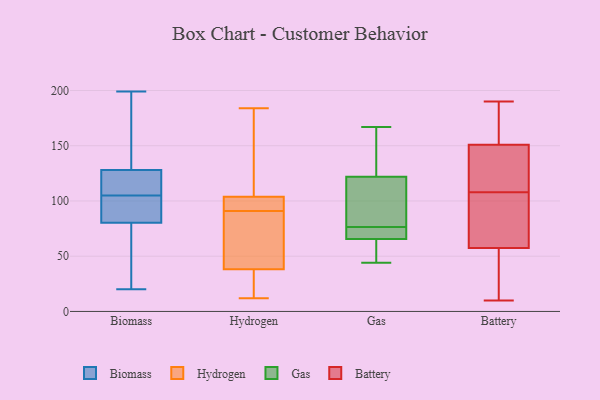
{"axis": {"x": "Market Share (%)", "y": "Value"}, "legend": ["Battery", "Biomass", "Gas", "Hydrogen"], "data": [{"x": "", "y": 102, "type": "Biomass"}, {"x": "", "y": 79, "type": "Biomass"}, {"x": "", "y": 84, "type": "Biomass"}, {"x": "", "y": 179, "type": "Biomass"}, {"x": "", "y": 106, "type": "Biomass"}, {"x": "", "y": 20, "type": "Biomass"}, {"x": "", "y": 144, "type": "Biomass"}, {"x": "", "y": 105, "type": "Biomass"}, {"x": "", "y": 77, "type": "Biomass"}, {"x": "", "y": 129, "type": "Biomass"}, {"x": "", "y": 199, "type": "Biomass"}, {"x": "", "y": 121, "type": "Biomass"}, {"x": "", "y": 65, "type": "Biomass"}, {"x": "", "y": 125, "type": "Biomass"}, {"x": "", "y": 100, "type": "Biomass"}, {"x": "", "y": 21, "type": "Hydrogen"}, {"x": "", "y": 145, "type": "Hydrogen"}, {"x": "", "y": 27, "type": "Hydrogen"}, {"x": "", "y": 112, "type": "Hydrogen"}, {"x": "", "y": 101, "type": "Hydrogen"}, {"x": "", "y": 101, "type": "Hydrogen"}, {"x": "", "y": 42, "type": "Hydrogen"}, {"x": "", "y": 12, "type": "Hydrogen"}, {"x": "", "y": 95, "type": "Hydrogen"}, {"x": "", "y": 48, "type": "Hydrogen"}, {"x": "", "y": 87, "type": "Hydrogen"}, {"x": "", "y": 91, "type": "Hydrogen"}, {"x": "", "y": 184, "type": "Hydrogen"}, {"x": "", "y": 167, "type": "Gas"}, {"x": "", "y": 84, "type": "Gas"}, {"x": "", "y": 114, "type": "Gas"}, {"x": "", "y": 66, "type": "Gas"}, {"x": "", "y": 134, "type": "Gas"}, {"x": "", "y": 83, "type": "Gas"}, {"x": "", "y": 65, "type": "Gas"}, {"x": "", "y": 70, "type": "Gas"}, {"x": "", "y": 67, "type": "Gas"}, {"x": "", "y": 46, "type": "Gas"}, {"x": "", "y": 44, "type": "Gas"}, {"x": "", "y": 130, "type": "Gas"}, {"x": "", "y": 27, "type": "Battery"}, {"x": "", "y": 97, "type": "Battery"}, {"x": "", "y": 166, "type": "Battery"}, {"x": "", "y": 54, "type": "Battery"}, {"x": "", "y": 61, "type": "Battery"}, {"x": "", "y": 30, "type": "Battery"}, {"x": "", "y": 96, "type": "Battery"}, {"x": "", "y": 190, "type": "Battery"}, {"x": "", "y": 143, "type": "Battery"}, {"x": "", "y": 123, "type": "Battery"}, {"x": "", "y": 119, "type": "Battery"}, {"x": "", "y": 138, "type": "Battery"}, {"x": "", "y": 159, "type": "Battery"}, {"x": "", "y": 74, "type": "Battery"}, {"x": "", "y": 159, "type": "Battery"}, {"x": "", "y": 10, "type": "Battery"}]}